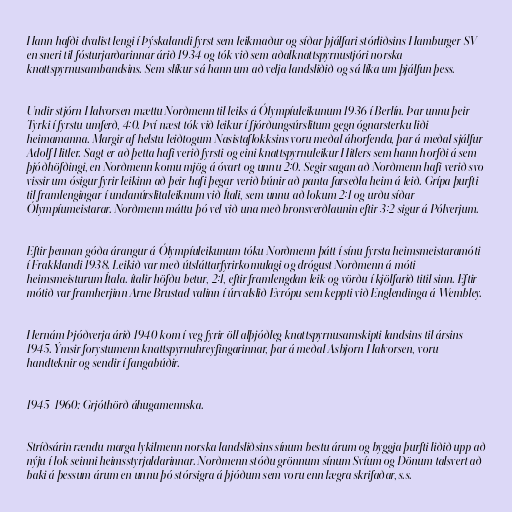
Hann hafði dvalist lengi í Þýskalandi fyrst sem leikmaður og síðar þjálfari stórliðsins Hamburger SV
en sneri til fósturjarðarinnar árið 1934 og tók við sem aðalknattspyrnustjóri norska
knattspyrnusambandsins. Sem slíkur sá hann um að velja landsliðið og sá líka um þjálfun þess.

Undir stjórn Halvorsen mættu Norðmenn til leiks á Ólympíuleikunum 1936 í Berlín. Þar unnu þeir
Tyrki í fyrstu umferð, 4:0. Því næst tók við leikur í fjórðungsúrslitum gegn ógnarsterku liði
heimamanna. Margir af helstu leiðtogum Nasistaflokksins voru meðal áhorfenda, þar á meðal sjálfur
Adolf Hitler. Sagt er að þetta hafi verið fyrsti og eini knattspyrnuleikur Hitlers sem hann horfði á sem
þjóðhöfðingi, en Norðmenn komu mjög á óvart og unnu 2:0. Segir sagan að Norðmenn hafi verið svo
vissir um ósigur fyrir leikinn að þeir hafi þegar verið búnir að panta farseðla heim á leið. Grípa þurfti
til framlengingar í undanúrslitaleiknum við Ítali, sem unnu að lokum 2:1 og urðu síðar
Ólympíumeistarar. Norðmenn máttu þó vel við una með bronsverðlaunin eftir 3:2 sigur á Pólverjum.

Eftir þennan góða árangur á Ólympíuleikunum tóku Norðmenn þátt í sínu fyrsta heimsmeistaramóti
í Frakklandi 1938. Leikið var með útsláttarfyrirkomulagi og drógust Norðmenn á móti
heimsmeisturum Ítala. ítalir höfðu betur, 2:1, eftir framlengdan leik og vörðu í kjölfarið titil sinn. Eftir
mótið var framherjinn Arne Brustad valinn í úrvalslið Evrópu sem keppti við Englendinga á Wembley.

Hernám Þjóðverja árið 1940 kom í veg fyrir öll alþjóðleg knattspyrnusamskipti landsins til ársins
1945. Ýmsir forystumenn knattspyrnuhreyfingarinnar, þar á meðal Asbjørn Halvorsen, voru
handteknir og sendir í fangabúðir.

1945-1960: Grjóthörð áhugamennska.

Stríðsárin rændu marga lykilmenn norska landsliðsins sínum bestu árum og byggja þurfti liðið upp að
nýju í lok seinni heimsstyrjaldarinnar. Norðmenn stóðu grönnum sínum Svíum og Dönum talsvert að
baki á þessum árum en unnu þó stórsigra á þjóðum sem voru enn lægra skrifaðar, s.s.